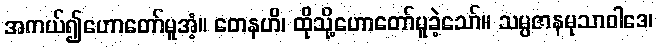
အကယ်၍ဟောတော်မူအံ့။ တေနဟိ၊ ထိုသို့ဟောတော်မူခဲ့သော်။ သမ္ပဇာနမုသာဝါဒေ၊